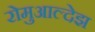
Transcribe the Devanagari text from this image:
रोमुआल्देझ